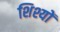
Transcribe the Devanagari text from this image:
शिश्यों